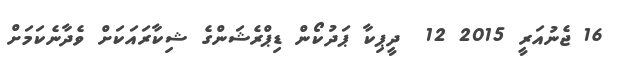
16 ޖެނުއަރީ 2015 12  ދީޕިކާ ޕަދުކޯން ޑިޕްރެޝަންގެ ޝިކާރައަކަށް ވެދާނެކަމަށް